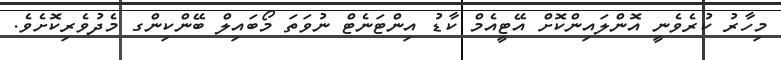
މިހާރު ކުރެވެނީ އޮންލައިންކޮށް އޭޓީއެމް ކާޑު އިންޓަނެޓް ނުވަތަ މޯބައިލް ބޭންކިންގ މެދުވެރިކޮށެވެ.